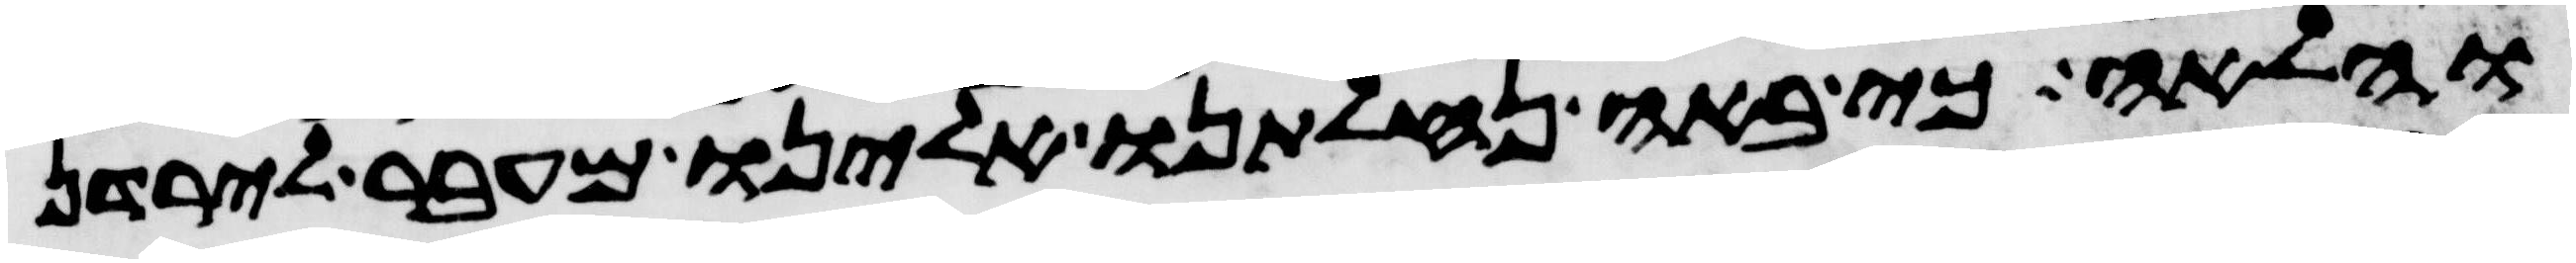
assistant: והלאה כי באה נחלתנו אלינו מעבר לירדן